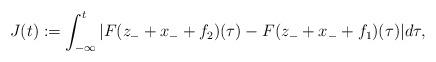
LaTeX: \begin{align*}J(t):=\int_{-\infty}^t|F(z_-+x_-+f_2)(\tau)-F(z_-+x_-+f_1)(\tau)|d\tau,\end{align*}